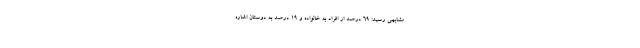
مشابهی رسید: ۶۹ درصد از افراد به خانواده و ۱۹ درصد به دوستان اشاره